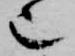
也